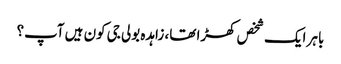
باہر ایک شخص کھڑا تھا، زاہدہ بولی جی کون ہیں آپ؟